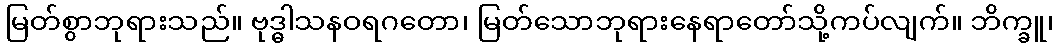
မြတ်စွာဘုရားသည်။ ဗုဒ္ဓါသနဝရဂတော၊ မြတ်သောဘုရားနေရာတော်သို့ကပ်လျက်။ ဘိက္ခူ၊